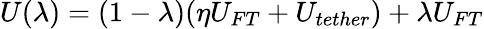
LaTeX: U(\lambda)=(1-\lambda)(\eta U_{FT}+U_{tether})+\lambda U_{FT}